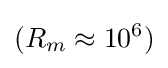
(R_{m}\approx 10^{6})